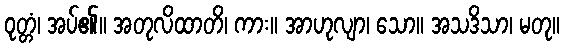
ဝုတ္တံ၊ အပ်၏။ အတုလိထာတိ၊ ကား။ အာဟုလျာ၊ သော။ အသဒိသာ၊ မတု။